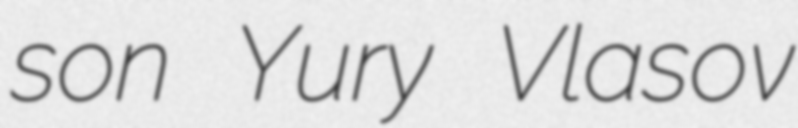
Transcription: son Yury Vlasov